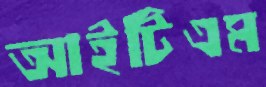
আইটিএম